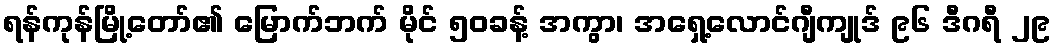
ရန်ကုန်မြို့တော်၏ မြောက်ဘက် မိုင် ၅၀ခန့် အကွာ၊ အရှေ့လောင်ဂျီကျုဒ် ၉၆ ဒီဂရီ ၂၉